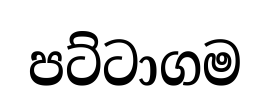
පට්ටාගම